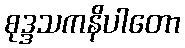
စုဒ္ဒသကနိပါတော